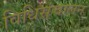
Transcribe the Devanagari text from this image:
विधिसंचालन